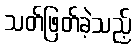
သတ်ဖြတ်ခဲ့သည့်